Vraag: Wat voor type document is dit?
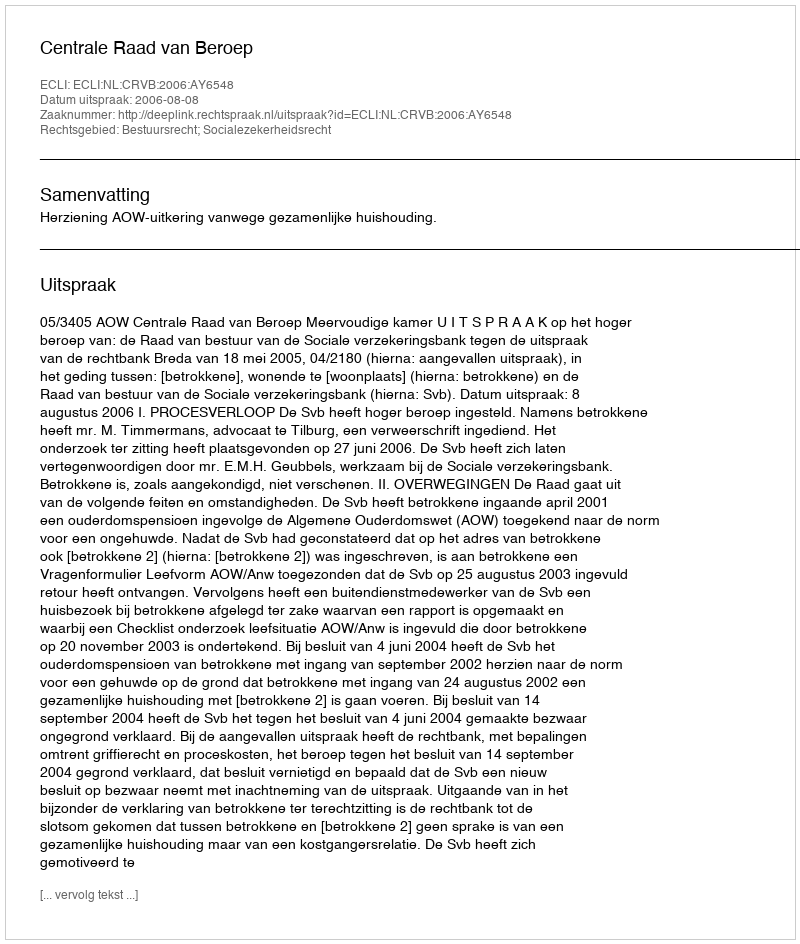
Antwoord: Uitspraak